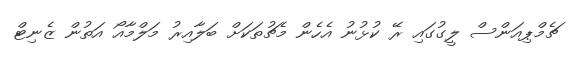
ޗެމްޕިއަންސް ލީގުގައި ރޭ ކުޅުނު އެހެން މެޗުތަކަށް ބަލާއިރު މަލްމާއޯ އަތުން ޒެނިޓް